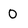
Character: 0